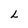
Character: L